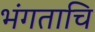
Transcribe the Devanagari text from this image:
भंगताचि